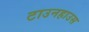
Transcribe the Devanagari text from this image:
टाउनहाउस